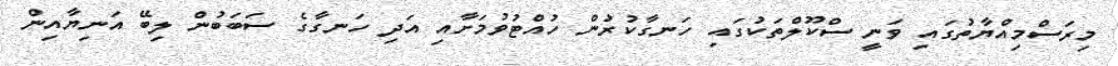
މިރަސްމިއްޔާތުގައި ވަނީ ސްކޫލްތަކުގައި ހަނގާކުރުން ހުއްޓުވުމަށާއި އަދި ހަނގާގެ ސަބަބުން ލިބޭ އަނިޔާއިން